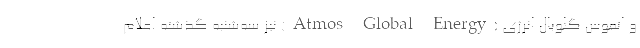
و اَتموس گلوبال انرژی (Atmos Global Energy) نیز سه‌شنبه گذشته اعلام